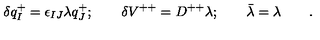
\delta q _ { I } ^ { + } = \epsilon _ { I J } \lambda q _ { J } ^ { + } ; \qquad \delta V ^ { + + } = D ^ { + + } \lambda ; \qquad \bar { \lambda } = \lambda \qquad .